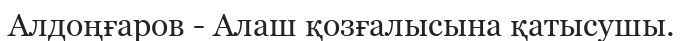
Алдоңғаров - Алаш қозғалысына қатысушы.